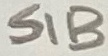
Text: S1B